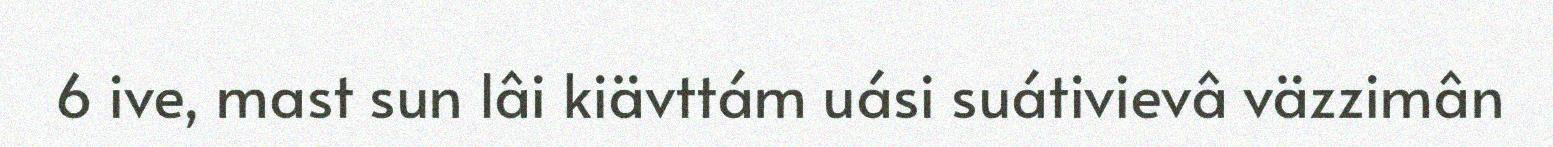
6 ive, mast sun lâi kiävttám uási suátivievâ väzzimân